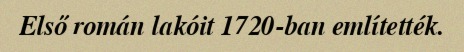
Első román lakóit 1720-ban említették.